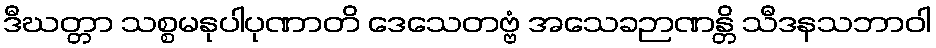
ဒီဃတ္တာ သစ္စမနုပါပုဏာတိ ဒေသေတဗ္ဗံ အသေခဉာဏန္တိ သီဒနသဘာဝါ